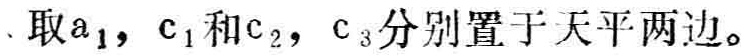
、取\(a_{1}\)，\(c_{1}\)和\(c_{2}\)，\(c_{3}\)分别置于天平两边。